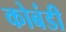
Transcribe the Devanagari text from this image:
कोबंडी